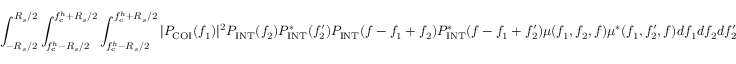
\int _ { - R _ { s } / 2 } ^ { R _ { s } / 2 } \int _ { f _ { \mathrm { c } } ^ { h } - R _ { s } / 2 } ^ { f _ { \mathrm { c } } ^ { h } + R _ { s } / 2 } \int _ { f _ { \mathrm { c } } ^ { h } - R _ { s } / 2 } ^ { f _ { \mathrm { c } } ^ { h } + R _ { s } / 2 } | P _ { \mathrm { C O I } } ( f _ { 1 } ) | ^ { 2 } P _ { \mathrm { I N T } } ( f _ { 2 } ) P _ { \mathrm { I N T } } ^ { \ast } ( f _ { 2 } ^ { \prime } ) P _ { \mathrm { I N T } } ( f - f _ { 1 } + f _ { 2 } ) P _ { \mathrm { I N T } } ^ { \ast } ( f - f _ { 1 } + f _ { 2 } ^ { \prime } ) \mu ( f _ { 1 } , f _ { 2 } , f ) \mu ^ { \ast } ( f _ { 1 } , f _ { 2 } ^ { \prime } , f ) d f _ { 1 } d f _ { 2 } d f _ { 2 } ^ { \prime }